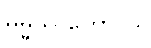
ဓမ္မဿကောဝိဒါ